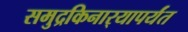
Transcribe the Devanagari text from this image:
समुद्रकिनार्‍यापर्यंत